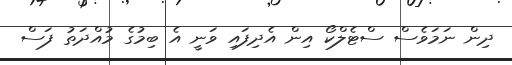
ދިން ނަމަވެސް ސްޓެލްކޯ އިން އެދިފައި ވަނީ އެ ބިމުގެ މުއްދަތު ފަސް